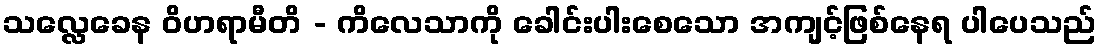
သလ္လေခေန ဝိဟရာမီတိ - ကိလေသာကို ခေါင်းပါးစေသော အကျင့်ဖြစ်နေရ ပါပေသည်